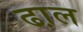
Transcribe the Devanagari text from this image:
ढा़ल